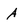
Character: A